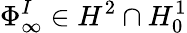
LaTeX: \Phi_{\infty}^{I}\in H^{2}\cap H_{0}^{1}